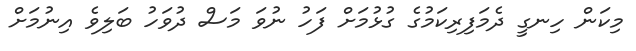
މިކަން ހިނގީ ދެމަފިރިކަމުގެ ގުޅުމަށް ފަހު ނުވަ މަސް ދުވަހު ބަލިވެ އިނުމަށް